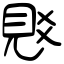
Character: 覐